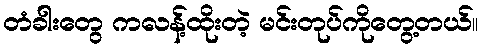
တံခါးတွေ ကလန့်ထိုးတဲ့ မင်းတုပ်ကိုတွေ့တယ်။